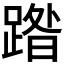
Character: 𮛼